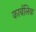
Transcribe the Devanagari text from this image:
कार्बलिक